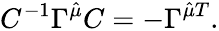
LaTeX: C^{-1}\Gamma^{\hat{\mu}}C=-\Gamma^{\hat{\mu}T}.